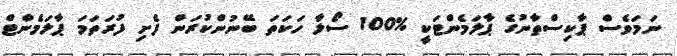
ނަމަވެސް ޕާކިސްތާނުގެ ޕާލަމެންޓަކީ %100 ސޯލާ ހަކަތަ ބޭނުންކުރަން ފެށި ފުރަތަމަ ޕާލަމެންޓް